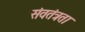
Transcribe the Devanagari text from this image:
संवतंत्रता